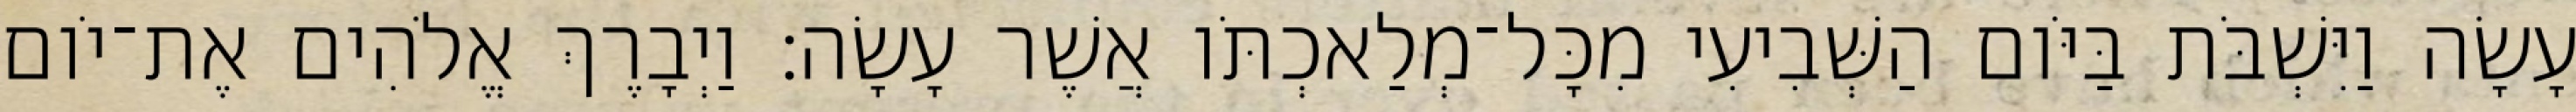
עָשָׂה וַיִּשְׁבֹּת בַּיֹּום הַשְּׁבִיעִי מִכָּל־מְלַאכְתֹּו אֲשֶׁר עָשָׂה׃ וַיְבָרֶךְ אֱלֹהִים אֶת־יֹום